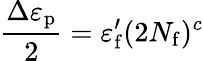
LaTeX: {\frac{\Delta\varepsilon_{\mathrm{p}}}{2}}=\varepsilon_{\mathrm{f}}^{\prime}(2N_{\mathrm{f}})^{c}